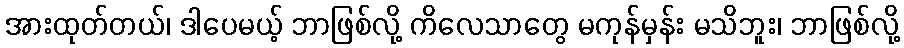
အားထုတ်တယ်၊ ဒါပေမယ့် ဘာဖြစ်လို့ ကိလေသာတွေ မကုန်မှန်း မသိဘူး၊ ဘာဖြစ်လို့